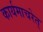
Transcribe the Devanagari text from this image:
कार्यमाचरेत्